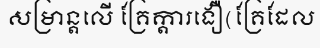
សម្រាន្តលើ គ្រែក្តារងឿ(គ្រែដែល